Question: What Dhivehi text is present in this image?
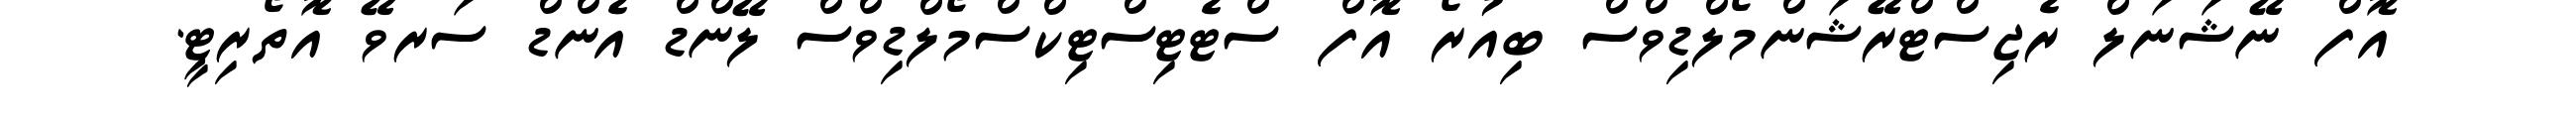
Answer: އޮފް ނޭޝަނަލް ރެޖިސްޓްރޭޝަންމޯލްޑިވްސް ބިއުރޯ އޮފް ސްޓެޓިސްޓިކްސްމޯލްޑިވްސް ލޭންޑް އެންޑް ސަރވޭ އޮތޯރިޓީ.